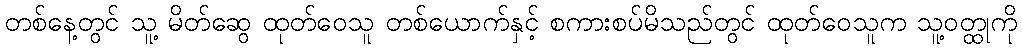
တစ်နေ့တွင် သူ့ မိတ်ဆွေ ထုတ်ဝေသူ တစ်ယောက်နှင့် စကားစပ်မိသည်တွင် ထုတ်ဝေသူက သူ့ဝတ္ထုကို